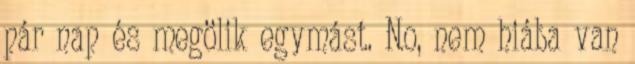
pár nap és megölik egymást. No, nem hiába van